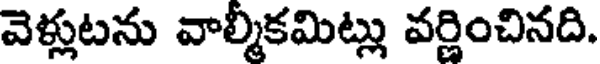
వెళ్లుటను వాల్మీకమిట్లు వర్ణించినది.